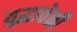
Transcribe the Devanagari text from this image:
युद्धावेळी